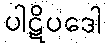
ပါဋိပဒေါ